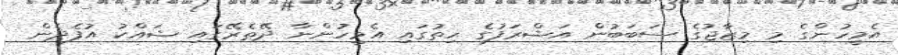
އެމީހުންގެ މި މިޒާޖުގެ ސަބަބުން އަޝްރަފުގެ ހިތުގައި އެމީހުންނާ ދޭތެރޭގައި ޝައްކު އުފެދެން